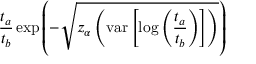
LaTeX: { \frac { t _ { a } } { t _ { b } } } \exp { \left( - { \sqrt { z _ { \alpha } \left( \operatorname { v a r } \left[ \log \left( { \frac { t _ { a } } { t _ { b } } } \right) \right] \right) } } \right) }